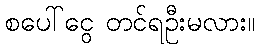
စပေါ်ငွေ တင်ရဦးမလား။